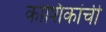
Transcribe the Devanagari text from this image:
कोशिकांची